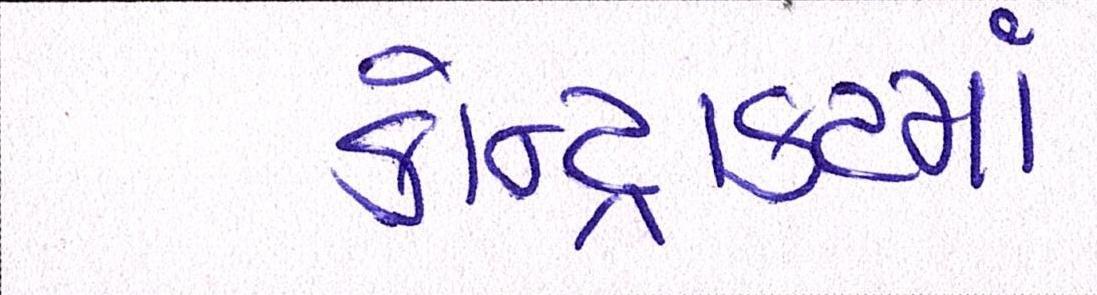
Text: કોન્ટ્રાકટમાં